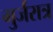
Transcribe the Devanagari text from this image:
गुर्जरात्र